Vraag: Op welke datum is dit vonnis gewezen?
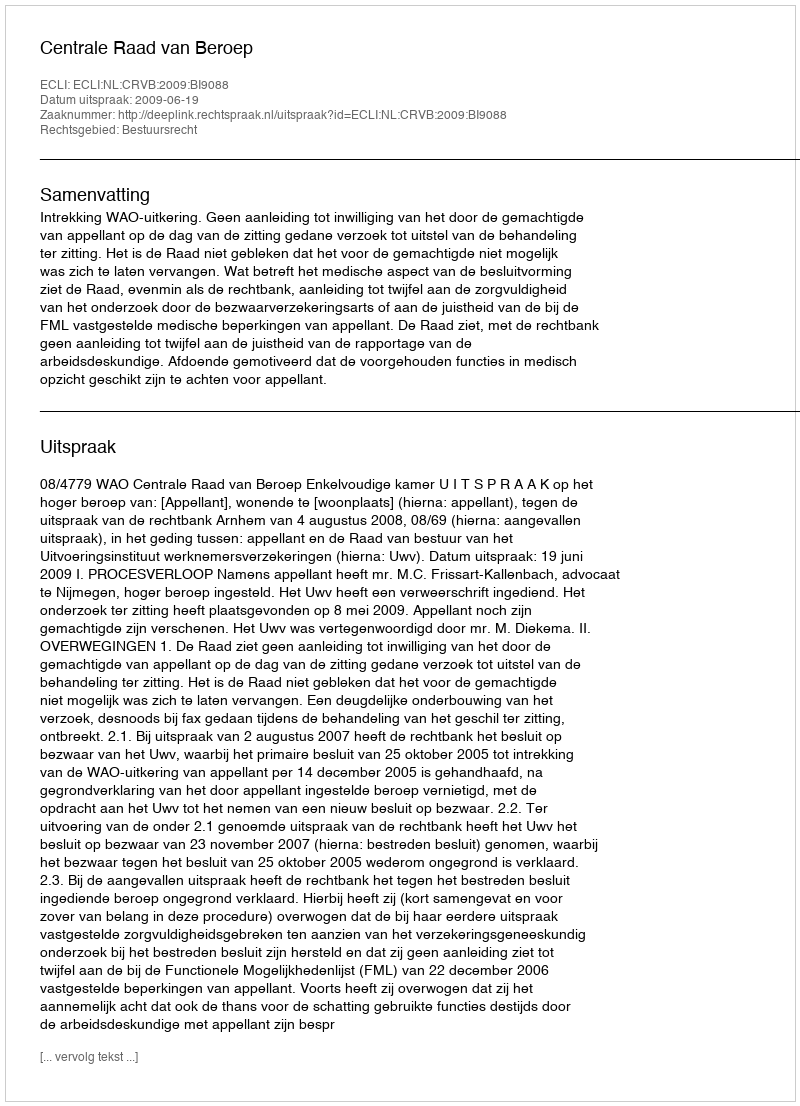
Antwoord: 2009-06-19